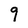
Character: 9